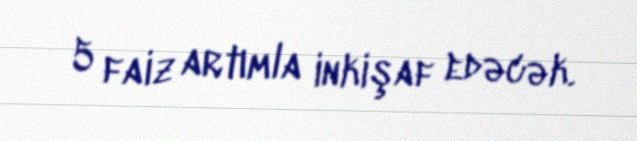
5 faiz artımla inkişaf edəcək.